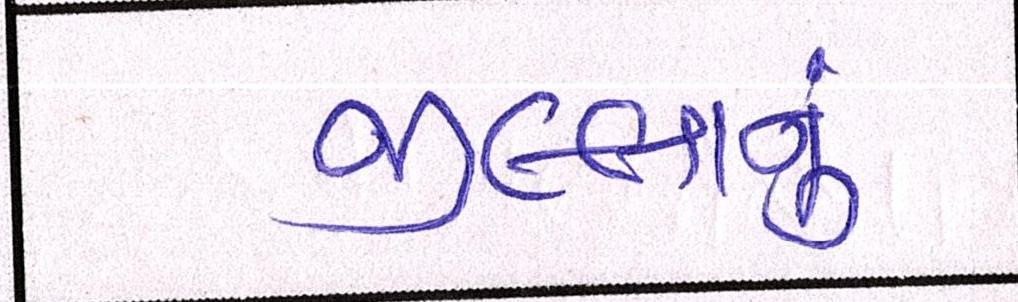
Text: જીલ્લાનું